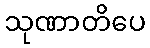
သုဏာတိပေ